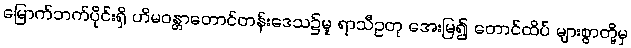
မြောက်ဘက်ပိုင်းရှိ ဟိမဝန္တာတောင်တန်းဒေသ၌မူ ရာသီဥတု အေးမြ၍ တောင်ထိပ် များစွာတို့မှ